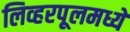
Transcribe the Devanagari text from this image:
लिव्हरपूलमध्ये